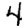
Digit: 4